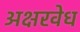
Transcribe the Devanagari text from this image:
अक्षरवेध